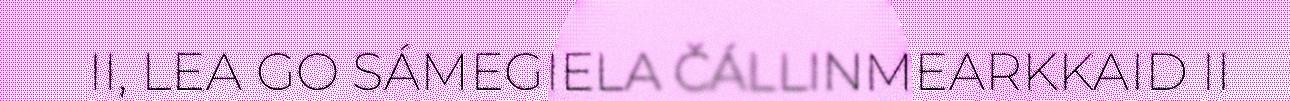
II, LEA GO SÁMEGIELA ČÁLLINMEARKKAID II